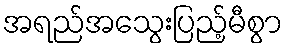
အရည်အသွေးပြည့်မီစွာ